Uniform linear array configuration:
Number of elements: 8
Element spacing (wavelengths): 0.75
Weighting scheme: uniform
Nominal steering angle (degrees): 45
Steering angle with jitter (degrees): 45.08
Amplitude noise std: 0.05
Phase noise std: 0.05

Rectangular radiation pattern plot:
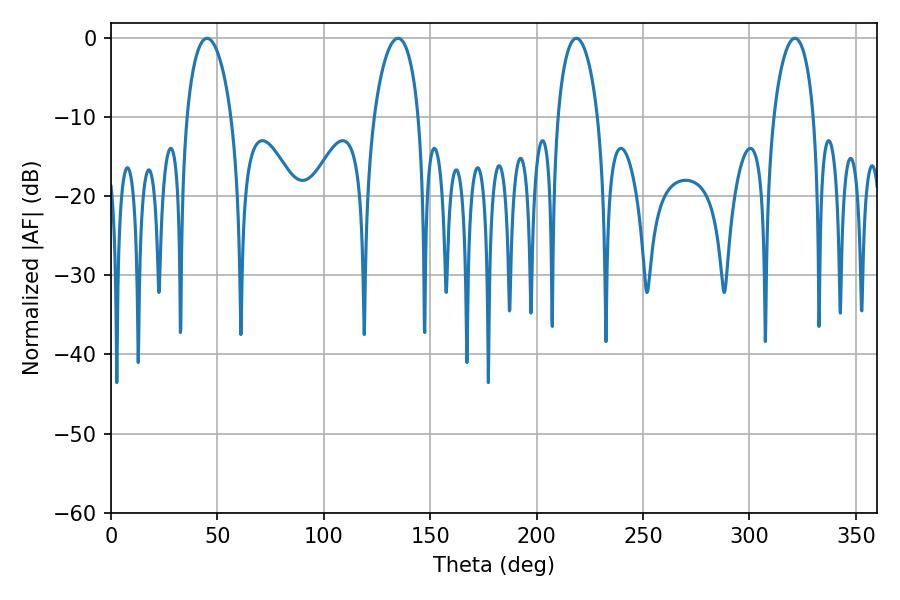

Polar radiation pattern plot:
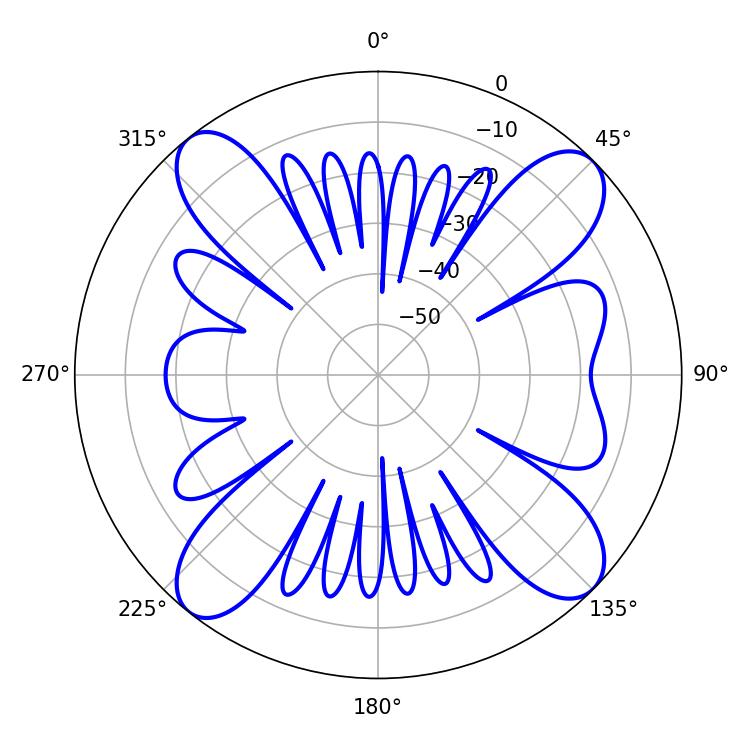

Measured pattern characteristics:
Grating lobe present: TRUE
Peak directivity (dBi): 14.185
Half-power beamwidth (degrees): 12.06
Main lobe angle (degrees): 45.18